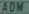
ADM